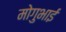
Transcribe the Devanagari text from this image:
मोगुभाई